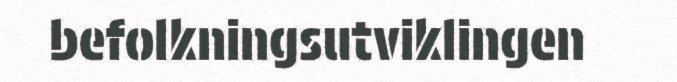
befolkningsutviklingen